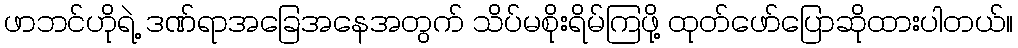
ဖာဘင်ဟိုရဲ့ ဒဏ်ရာအခြေအနေအတွက် သိပ်မစိုးရိမ်ကြဖို့ ထုတ်ဖော်ပြောဆိုထားပါတယ်။